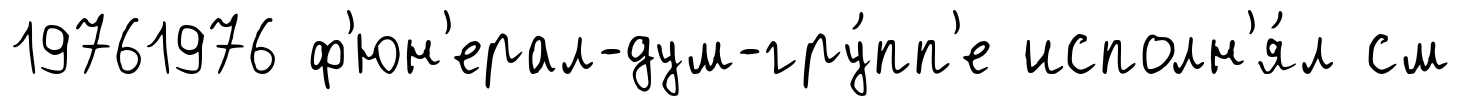
19761976 ф'юн'ерал-дум-гру́пп'е исполн'я́л см